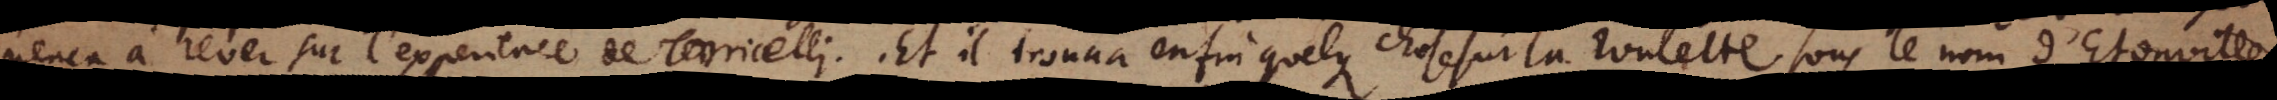
menca à rever sur l’experience de Torricelli. Et il trouva enfin quelque chose sur la roulette sous le nom d’etonvilles